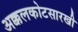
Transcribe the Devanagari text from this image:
अक्कलकोटसारखी